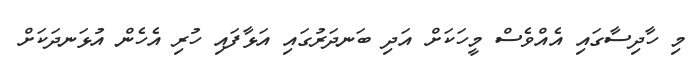
މި ހާދިސާގައި އެއްވެސް މީހަކަށް އަދި ބަނދަރުގައި އަޅާފައި ހުރި އެހެން އުޅަނދަކަށް